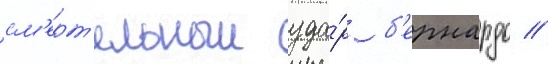
см'ерт'ельныи уда́р б'ернардо //